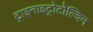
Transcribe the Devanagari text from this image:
ट्राइनाइट्रोटोल्विन